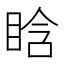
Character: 𥆡